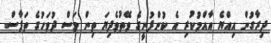
ދިރާގުން އިއްޔެ އާއްމުކުރި އެ ކުންފުނީގެ ވޭތުވެދިޔަ ތިން މަސް ދުވަހުގެ ތަފާސް